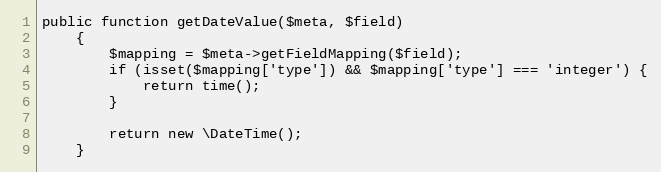
Language: PHP
public function getDateValue($meta, $field)
    {
        $mapping = $meta->getFieldMapping($field);
        if (isset($mapping['type']) && $mapping['type'] === 'integer') {
            return time();
        }

        return new \DateTime();
    }